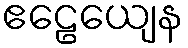
ဧဠေယျေန